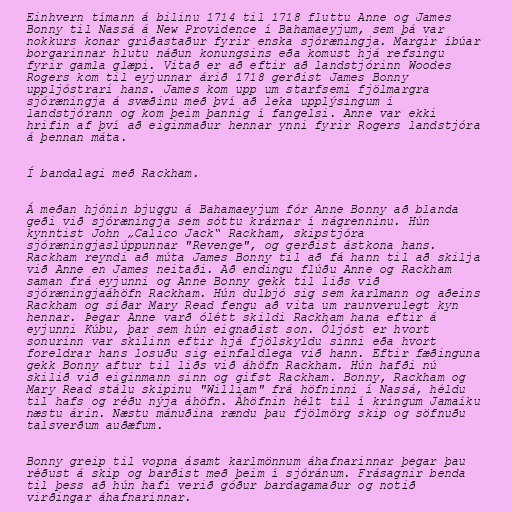
Einhvern tímann á bilinu 1714 til 1718 fluttu Anne og James
Bonny til Nassá á New Providence í Bahamaeyjum, sem þá var
nokkurs konar griðastaður fyrir enska sjóræningja. Margir íbúar
borgarinnar hlutu náðun konungsins eða komust hjá refsingu
fyrir gamla glæpi. Vitað er að eftir að landstjórinn Woodes
Rogers kom til eyjunnar árið 1718 gerðist James Bonny
uppljóstrari hans. James kom upp um starfsemi fjölmargra
sjóræningja á svæðinu með því að leka upplýsingum í
landstjórann og kom þeim þannig í fangelsi. Anne var ekki
hrifin af því að eiginmaður hennar ynni fyrir Rogers landstjóra
á þennan máta.

Í bandalagi með Rackham.

Á meðan hjónin bjuggu á Bahamaeyjum fór Anne Bonny að blanda
geði við sjóræningja sem sóttu krárnar í nágrenninu. Hún
kynntist John „Calico Jack“ Rackham, skipstjóra
sjóræningjaslúppunnar "Revenge", og gerðist ástkona hans.
Rackham reyndi að múta James Bonny til að fá hann til að skilja
við Anne en James neitaði. Að endingu flúðu Anne og Rackham
saman frá eyjunni og Anne Bonny gekk til liðs við
sjóræningjaáhöfn Rackham. Hún dulbjó sig sem karlmann og aðeins
Rackham og síðar Mary Read fengu að vita um raunverulegt kyn
hennar. Þegar Anne varð ólétt skildi Rackham hana eftir á
eyjunni Kúbu, þar sem hún eignaðist son. Óljóst er hvort
sonurinn var skilinn eftir hjá fjölskyldu sinni eða hvort
foreldrar hans losuðu sig einfaldlega við hann. Eftir fæðinguna
gekk Bonny aftur til liðs við áhöfn Rackham. Hún hafði nú
skilið við eiginmann sinn og gifst Rackham. Bonny, Rackham og
Mary Read stálu skipinu "William" frá höfninni í Nassá, héldu
til hafs og réðu nýja áhöfn. Áhöfnin hélt til í kringum Jamaíku
næstu árin. Næstu mánuðina rændu þau fjölmörg skip og söfnuðu
talsverðum auðæfum.

Bonny greip til vopna ásamt karlmönnum áhafnarinnar þegar þau
réðust á skip og barðist með þeim í sjóránum. Frásagnir benda
til þess að hún hafi verið góður bardagamaður og notið
virðingar áhafnarinnar.